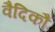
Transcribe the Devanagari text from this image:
वैदिकौं